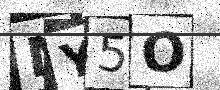
Text: MY5O